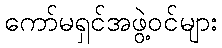
ကော်မရှင်အဖွဲ့ဝင်များ